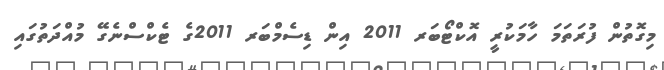
މިގޮތުން ފުރަތަމަ ހާމަކުރީ އޮކްޓޯބަރ 2011 އިން ޑިސެމްބަރ 2011ގެ ޓެކްސްނެގޭ މުއްދަތުގައި